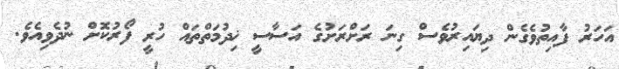
އަހަރު ފާއިތުވެގެން ދިޔައިރުވެސް ގިނަ ރަށްރަށުގެ އަސާސީ ޚިދުމަތްތައް ހުރީ ފޯރުކޮށް ނުދެވިއެވެ.